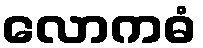
လောကဓံ